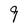
Character: 9